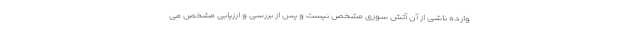
وارده ناشی از آن آتش سوزی مشخص نیست و پس از بررسی و ارزیابی مشخص می